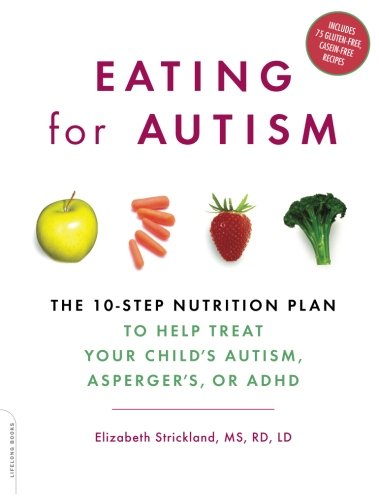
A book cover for Eating for Autism: The 10-Step Nutrition Plan to Help Treat Your Child's Autism, Asperger's, or ADHD; Elizabeth Strickland; Health, Fitness & Dieting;